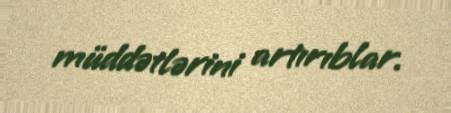
müddətlərini artırıblar.